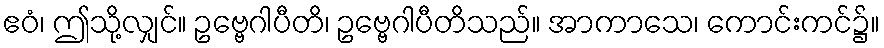
ဧဝံ၊ ဤသို့လျှင်။ ဥဗ္ဗေဂါပီတိ၊ ဥဗ္ဗေဂါပီတိသည်။ အာကာသေ၊ ကောင်းကင်၌။